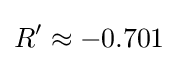
R'\approx -0.701